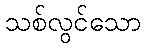
သစ်လွင်သော